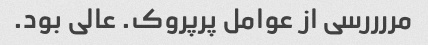
مررررسی از عوامل پرپروک. عالی بود.